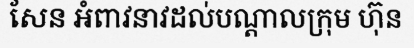
សែន អំពាវនាវដល់បណ្តាលក្រុម ហ៊ុន